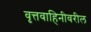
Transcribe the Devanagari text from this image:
वृत्तवाहिनीवरील